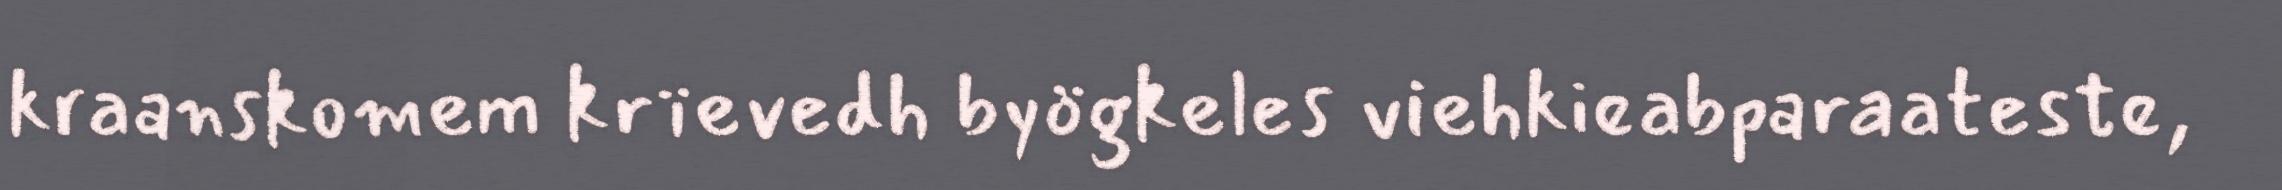
kraanskomem krïevedh byögkeles viehkieabparaateste,